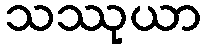
သဿုယာ